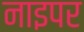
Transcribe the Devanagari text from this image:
नाइपर